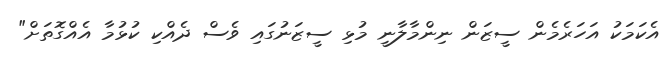
އެކަމަކު އަހަރެމެން ސީޒަން ނިންމާލާނީ މުޅި ސީޒަނުގައި ވެސް ދެއްކި ކުޅުމާ އެއްގޮތަށް"